Leaving Certificate, 1888
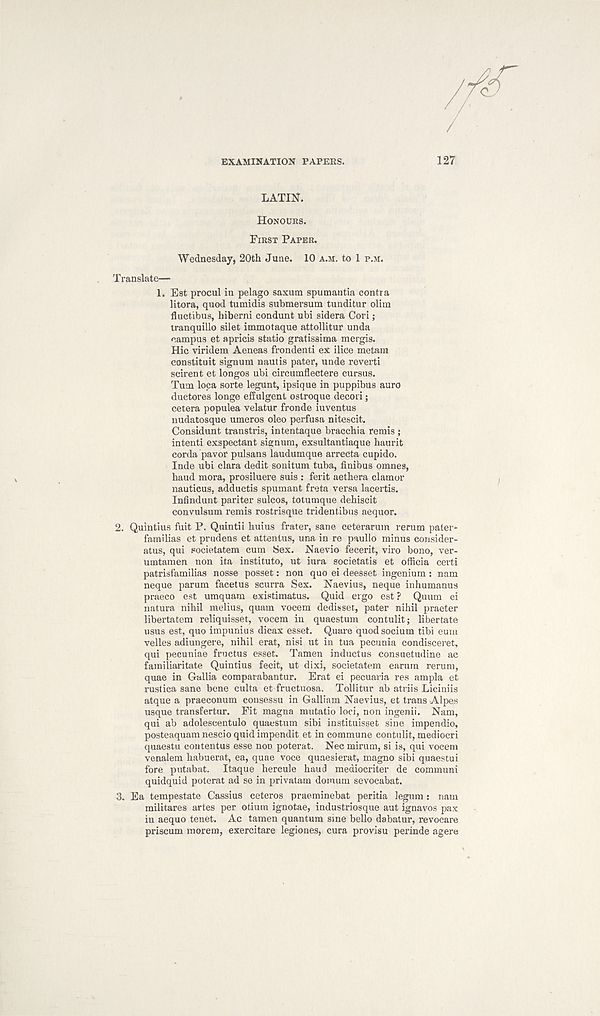
EXAMINATION PAPERS.
127
/A
LATIN”.
HoNOtRS.
FIRST PAPER.
Wednesday, 20th June. 10 A.M. to 1 P.M.
Translate—
1.
Est procul in pelago
litora, quod tumidis submersum tunditur olim
fluctibus, hiberni eondunt ubi sidera Cori;
tranquillo silet immotaque attollitur unda
campus et apricis statio gratissima mergis.
Hie viridem Aeneas frondenti ex ilice metam
constituit signum nautis pater, unde reverti
scirent et longos ubi circumflectere cursus.
Turn loca sorte legunt, ipsique in puppibns auro
ductores longe effulgent ostroque decori;
cetera populea velatur fronde iuventus
nudatosque umeros oleo perfusa nitescit.
Considunt transtris, intentaque bracchia remis ;
intent! exspectant signum, exsultantiaque haurit
corda pavor pulsans laudumque arrecta cupido.
Inde ubi clara dedit sonitum tuba, finibus omnes,
baud mora, prosiluere suis : ferit aetbera clamor
nauticus, adductis spumant freta versa lacertis.
Infindunt pariter sulcos, totumque debiscit
convulsum remis rostrisque tridentibus aequor.
2. Quintius fuit P. Quintii buius frater, sane ceterarum rerum pater*
familias et prudens et attentus, una in re paullo minus consider-
atus, qui societatem cum Sex. Naevio fecerit, viro bono, ver-
umtamen non ita institute, ut iura societatis et officia certi
patrisfamilias nosse posset: non quo ei deesset ingenium : nam
neque parum facetus scurra Sex. Naevius, neque inhumanus
praeco est umquam existimatus. Quid ergo est? Quum ei
natura nihil melius, quam vocem dedisset, pater nihil praeter
libertatem reliquisset, vocem in quaestum contulit; libertate
usus est, quo impunius dicax esset. Quare quodsocium tibi eurn
velles adiungere, nihil erat, nisi ut in tua pecunia condisceret,
qui pecuniae fructus esset. Tamen inductus consuetudine ac
familiaritate Quintius fecit, ut dixi, societatem earurn rerum,
quae in Gallia comparabantur. Erat ei pecuaria res ampla et
rustica sane bene culta et fructuosa. Tollitur ab atriis Liciniis
atque a praeconum cousessu in Galliam Naevius, et trans Alpes
usque transfertur. Fit magna mutatio loci, non ingenii. Nam,
qui ab adolescentulo quaestum sibi instituisset sine impendio,
posteaquam nescio quid impendit et in commune contulit, mediocri
quaestu contentus esse non poterat. Nec mirum, si is, qui vocem
venalem babuerat, ea, quae voce quaesierat, magno sibi quaestui
fore putabat. Itaque hercule baud mediocriter de communi
quidquid poterat ad se in privatam dornum sevocabat.
3. Ea tempestate Cassius ceteros praeminebat peritia legum: nam
militates artes per otium ignotae, industriosque aut ignavos pax
iu aequo tenet. Ac tamen quantum sine bello dabatur, revocare
priscum morem, exercitare legiones, cura provisu perinde agere